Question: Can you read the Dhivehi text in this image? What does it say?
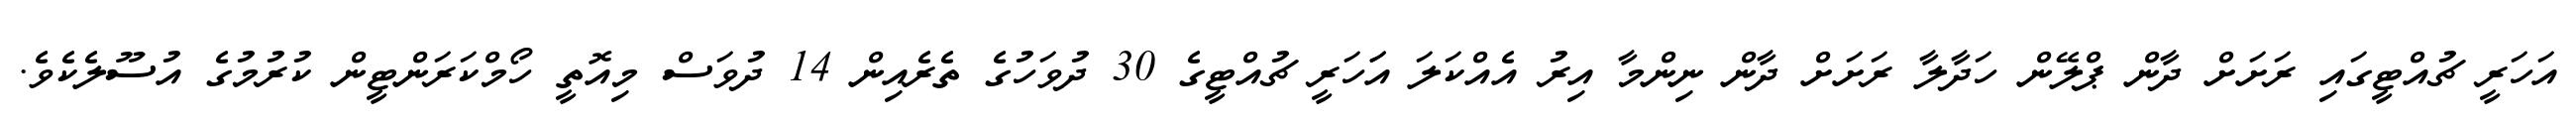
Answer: އަހަރީ ޗުއްޓީގައި ރަށަށް ދާން ޕްލޭން ހަދާލާ ރަށަށް ދާން ނިންމާ އިރު އެއްކަލަ އަަހަރީ ޗުއްޓީގެ 30 ދުވަހުގެ ތެރެއިން 14 ދުވަސް މިއޮތީ ހޯމްކަރަންޓީން ކުރުމުގެ އުސޫލެކެވެ.